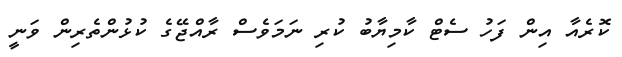
ކޮރެއާ އިން ފަހު ސެޓް ކާމިޔާބު ކުރި ނަމަވެސް ރާއްޖޭގެ ކުޅުންތެރިން ވަނީ